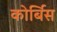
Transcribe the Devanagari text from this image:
कोर्बिस